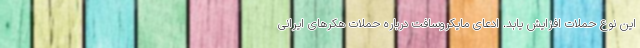
این نوع حملات افزایش یابد. ادعای مایکروسافت درباره حملات هکرهای ایرانی